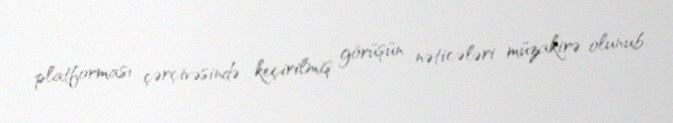
platforması çərçivəsində keçirilmiş görüşün nəticələri müzakirə olunub.